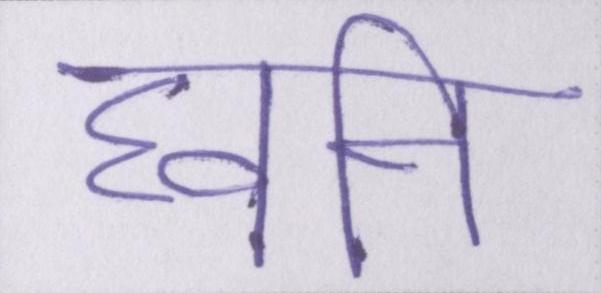
घ्वनि